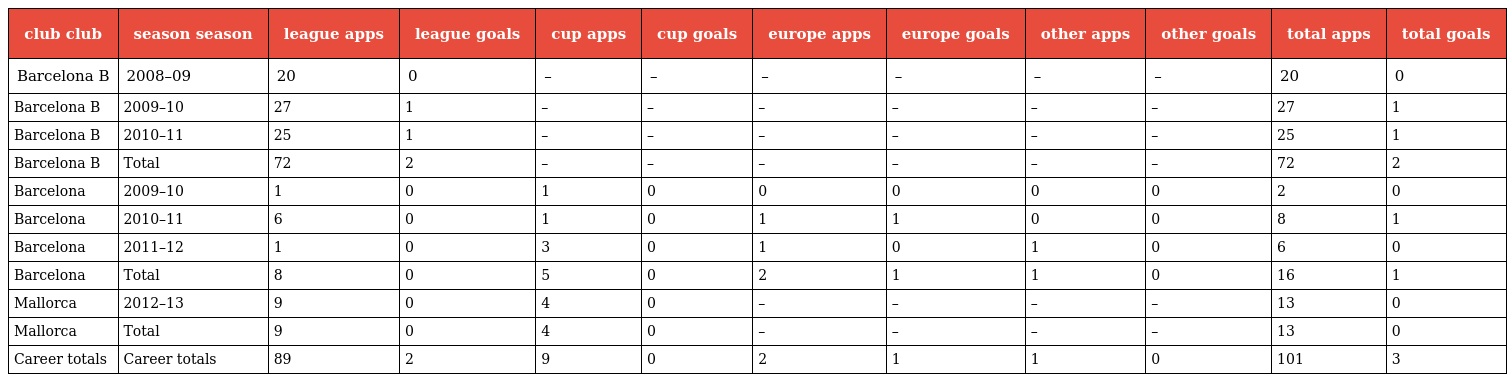
| club club | season season | league apps | league goals | cup apps | cup goals | europe apps | europe goals | other apps | other goals | total apps | total goals |
 | --- | --- | --- | --- | --- | --- | --- | --- | --- | --- | --- | --- |
 | Barcelona B | 2008–09 | 20 | 0 | – | – | – | – | – | – | 20 | 0 |
 | Barcelona B | 2009–10 | 27 | 1 | – | – | – | – | – | – | 27 | 1 |
 | Barcelona B | 2010–11 | 25 | 1 | – | – | – | – | – | – | 25 | 1 |
 | Barcelona B | Total | 72 | 2 | – | – | – | – | – | – | 72 | 2 |
 | Barcelona | 2009–10 | 1 | 0 | 1 | 0 | 0 | 0 | 0 | 0 | 2 | 0 |
 | Barcelona | 2010–11 | 6 | 0 | 1 | 0 | 1 | 1 | 0 | 0 | 8 | 1 |
 | Barcelona | 2011–12 | 1 | 0 | 3 | 0 | 1 | 0 | 1 | 0 | 6 | 0 |
 | Barcelona | Total | 8 | 0 | 5 | 0 | 2 | 1 | 1 | 0 | 16 | 1 |
 | Mallorca | 2012–13 | 9 | 0 | 4 | 0 | – | – | – | – | 13 | 0 |
 | Mallorca | Total | 9 | 0 | 4 | 0 | – | – | – | – | 13 | 0 |
 | Career totals | Career totals | 89 | 2 | 9 | 0 | 2 | 1 | 1 | 0 | 101 | 3 |